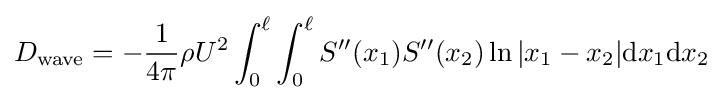
D_{\text{wave}}=-{\frac {1}{4\pi }}\rho U^{2}\int _{0}^{\ell }\int _{0}^{\ell }S''(x_{1})S''(x_{2})\ln |x_{1}-x_{2}|\mathrm {d} x_{1}\mathrm {d} x_{2}